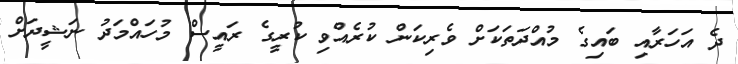
ދެ އަހަރާއި ބައިގެ މުއްދަތަކަށް ވެރިކަން ކުރެއްވި ކުރީގެ ރައީސް މުހައްމަދު ނަޝީދަށް